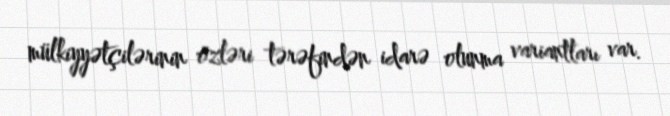
mülkiyyətçilərinin özləri tərəfindən idarə olunma variantları var.